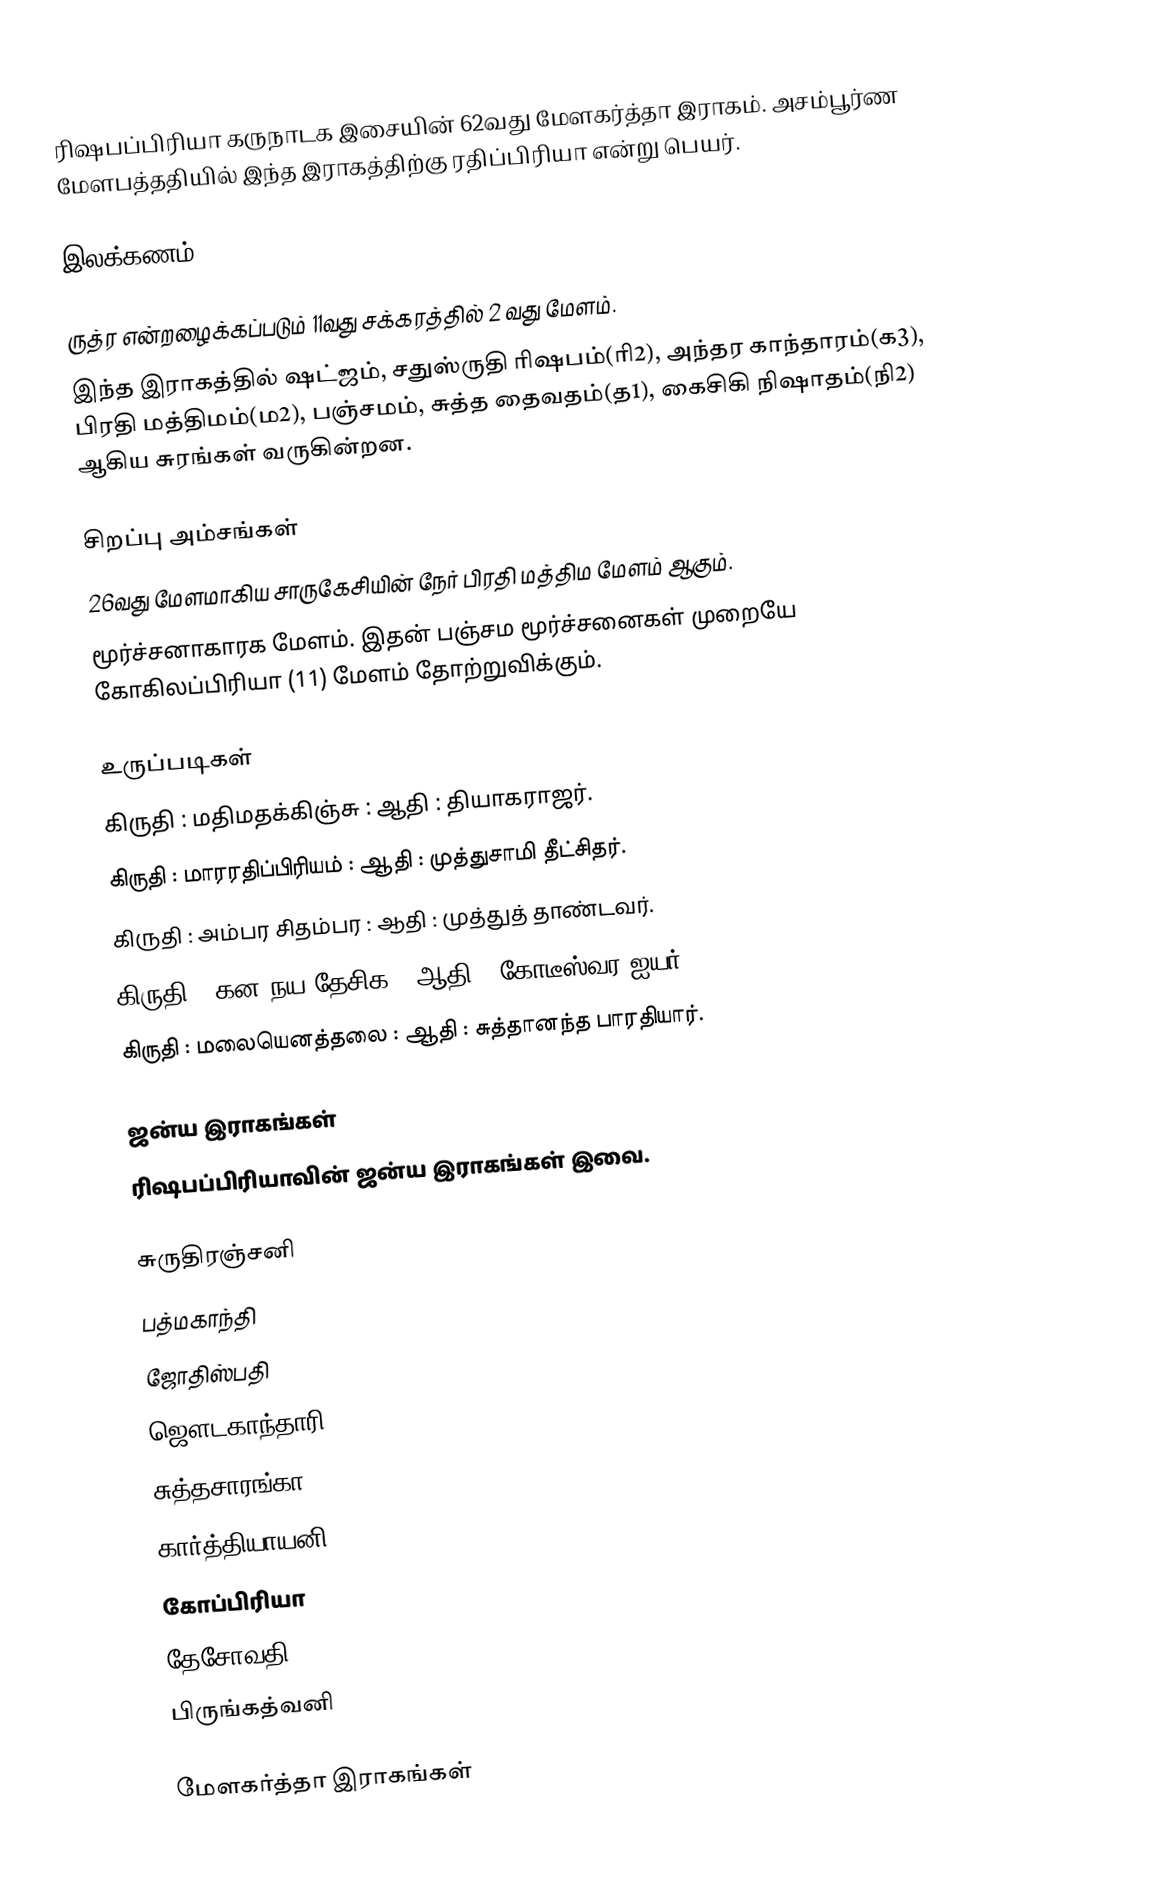
ரிஷபப்பிரியா கருநாடக இசையின் 62வது மேளகர்த்தா இராகம். அசம்பூர்ண மேளபத்ததியில் இந்த இராகத்திற்கு ரதிப்பிரியா என்று பெயர்.

இலக்கணம்

 ருத்ர என்றழைக்கப்படும் 11வது சக்கரத்தில் 2 வது மேளம்.
 இந்த இராகத்தில் ஷட்ஜம், சதுஸ்ருதி ரிஷபம்(ரி2), அந்தர காந்தாரம்(க3), பிரதி மத்திமம்(ம2), பஞ்சமம், சுத்த தைவதம்(த1), கைசிகி நிஷாதம்(நி2) ஆகிய சுரங்கள் வருகின்றன.

சிறப்பு அம்சங்கள்
 26வது மேளமாகிய சாருகேசியின் நேர் பிரதி மத்திம மேளம் ஆகும்.
 மூர்ச்சனாகாரக மேளம். இதன் பஞ்சம மூர்ச்சனைகள் முறையே கோகிலப்பிரியா (11) மேளம் தோற்றுவிக்கும்.

உருப்படிகள்
 கிருதி	: மதிமதக்கிஞ்சு	: ஆதி	: தியாகராஜர்.
 கிருதி	: மாரரதிப்பிரியம்	: ஆதி	: முத்துசாமி தீட்சிதர்.
 கிருதி	: அம்பர சிதம்பர	: ஆதி	: முத்துத் தாண்டவர்.
 கிருதி	: கன நய தேசிக	: ஆதி	: கோடீஸ்வர ஐயர்.
 கிருதி	: மலையெனத்தலை	: ஆதி	: சுத்தானந்த பாரதியார்.

ஜன்ய இராகங்கள்
ரிஷபப்பிரியாவின் ஜன்ய இராகங்கள் இவை.

 சுருதிரஞ்சனி
 பத்மகாந்தி
 ஜோதிஸ்பதி
 ஜௌடகாந்தாரி
 சுத்தசாரங்கா
 கார்த்தியாயனி
 கோப்பிரியா
 தேசோவதி
 பிருங்கத்வனி

 மேளகர்த்தா இராகங்கள்